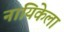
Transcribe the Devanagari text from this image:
नायिकेला